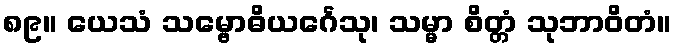
၈၉။ ယေသံ သမ္ဗောဓိယင်္ဂေသု၊ သမ္မာ စိတ္တံ သုဘာဝိတံ။